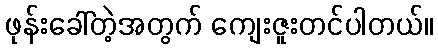
ဖုန်းခေါ်တဲ့အတွက် ကျေးဇူးတင်ပါတယ်။